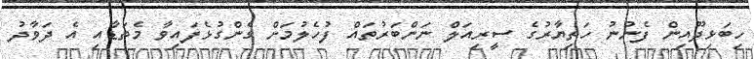
ހިބަޅިދޫއިން ފެނުނު ހަތިޔާރުގެ ސީރިއަލް ނަންބަރުތައް ފުހެލުމަށް ގެންގުޅެފައިވާ މެތަޑާއި އެ ދަވާދު